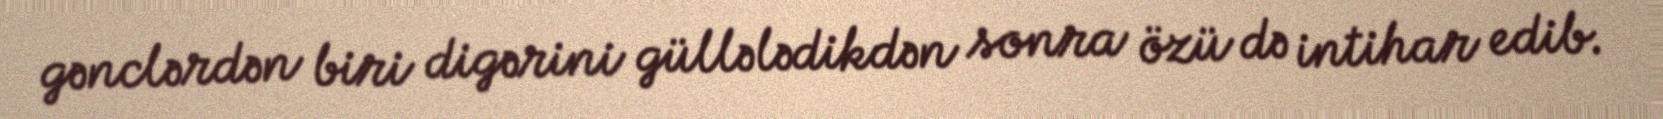
gənclərdən biri digərini güllələdikdən sonra özü də intihar edib.